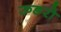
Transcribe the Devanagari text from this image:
ऊडरो